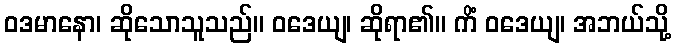
ဝဒမာနော၊ ဆိုသောသူသည်။ ဝဒေယျ၊ ဆိုရာ၏။ ကိံ ဝဒေယျ၊ အဘယ်သို့